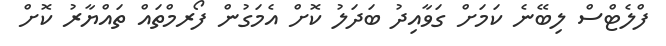
ފްލެޓްސް ލިބޭނެ ކަމަށް ގަވާއިދު ބަދަލު ކޮށް އެމަގުން ފޯރމްތައް ތައްޔާރު ކޮށް